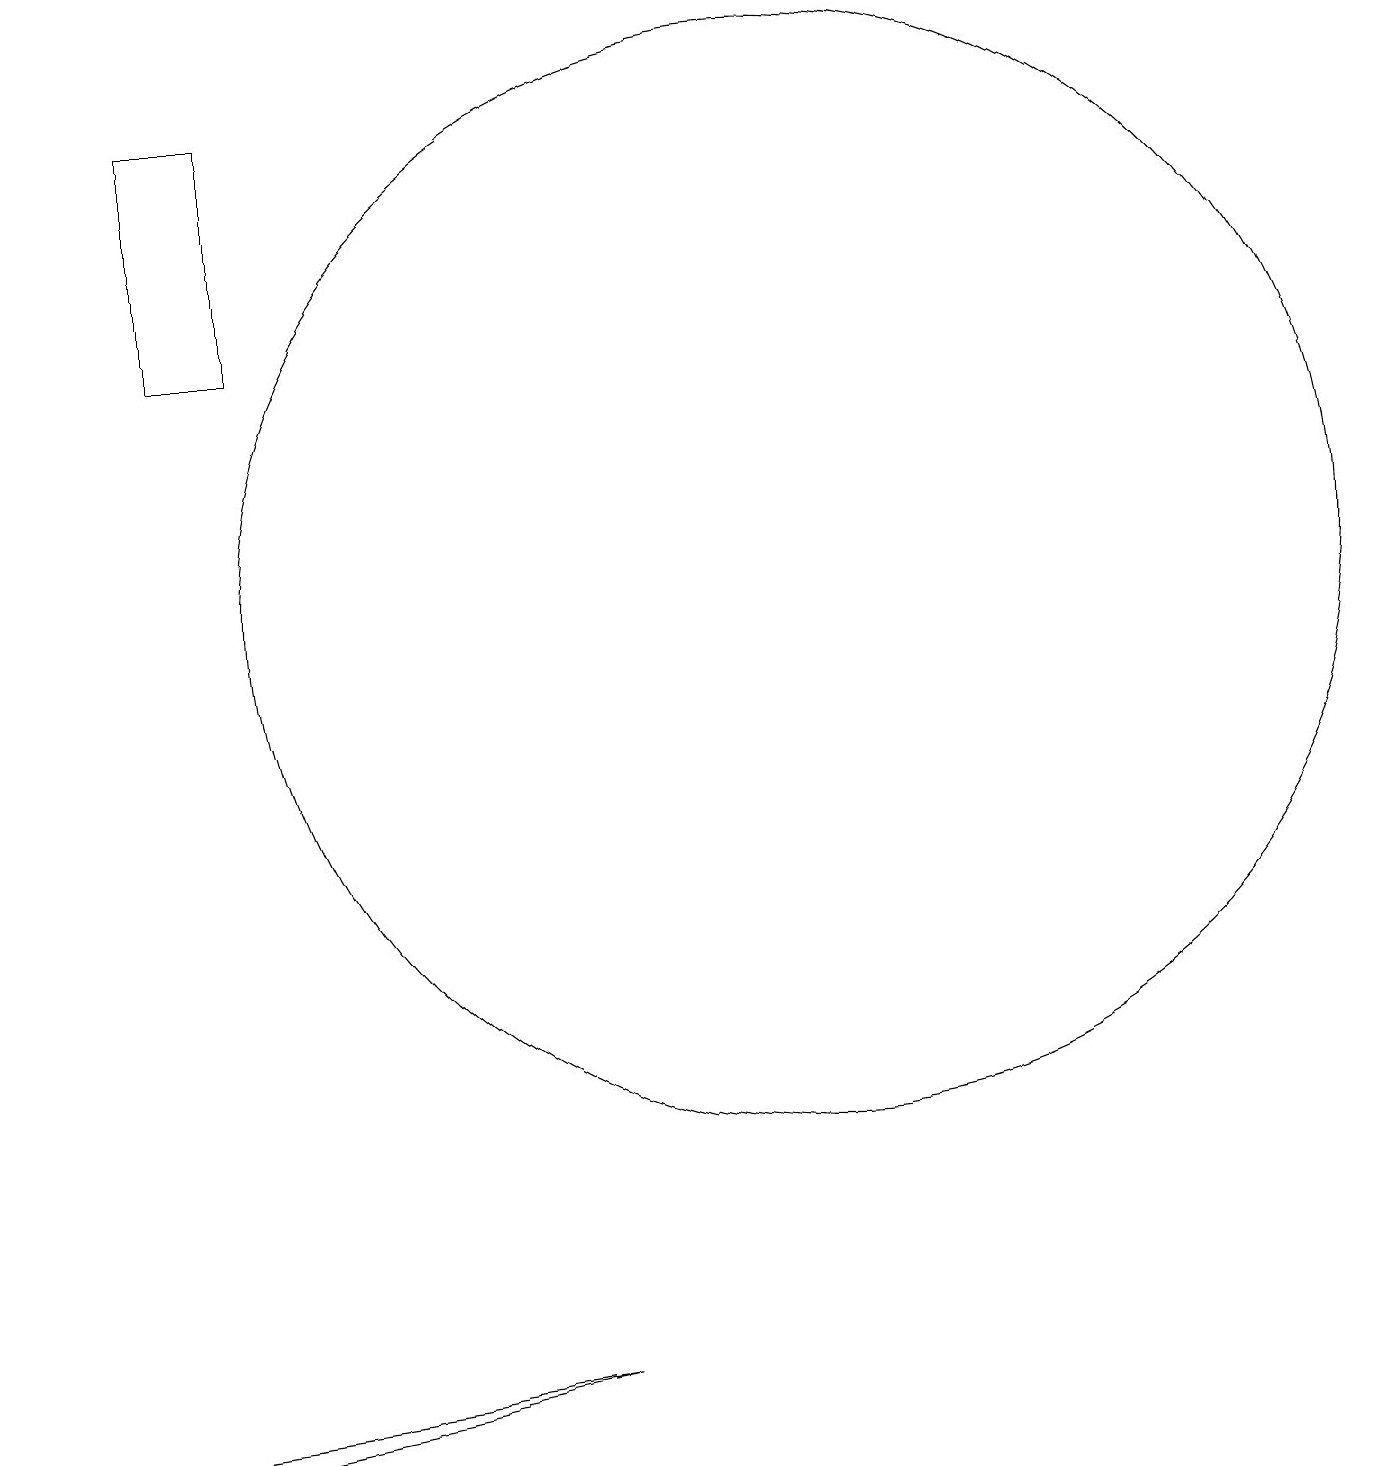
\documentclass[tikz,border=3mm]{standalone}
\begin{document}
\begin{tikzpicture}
\draw (7,1) -- (0,0) -- (2,0) -- cycle;
\draw (2,17) rectangle (3,14);
\draw (10,11) circle (7);
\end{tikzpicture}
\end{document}